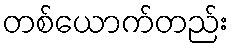
တစ်ယောက်တည်း